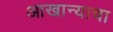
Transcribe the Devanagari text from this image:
आखान्याचा